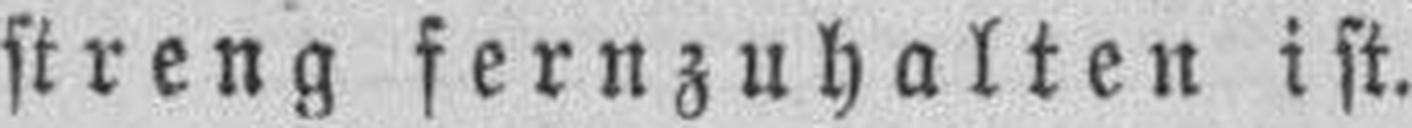
streng fernzuhalten ist.